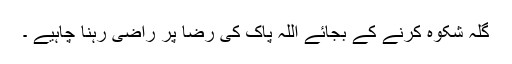
گلہ شِکوہ کرنے کے بجائے اللہ پاک کی رِضا پر راضی رہنا چاہیے ۔